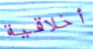
أخلاقية